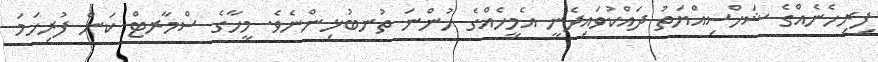
ފިރިހެނެއްގެ ޝަޚްސިއްޔަތު ދައްކުވައިދެނީ އެމީހެއްގެ ހުންނަ ތުނބުޅިންނެވެ. މީހާގެ ސްމާރޓް ކަން ފުރިހަމަ